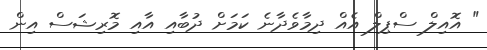
" އޮއިލް ސްޕިލް އެއް ދިމާވެދާނެ ކަމަށް ދުބާއި އާއި މޮރިޝަސް އިން